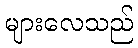
များလေသည်